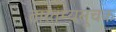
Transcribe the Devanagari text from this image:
तारतम्यसूचक